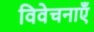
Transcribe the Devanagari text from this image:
विवेचनाएँ